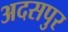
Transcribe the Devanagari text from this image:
अदसपुर